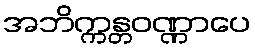
အဘိက္ကန္တဝဏ္ဏာပေ